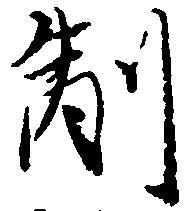
副